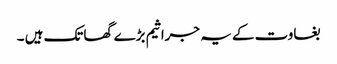
بغاوت کے یہ جراثیم بڑے گھاتک ہیں ۔